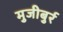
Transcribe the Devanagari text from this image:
मुजीबुर्र